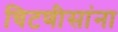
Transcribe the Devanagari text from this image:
चिटणीसांना